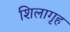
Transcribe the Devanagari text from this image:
शिलागृह